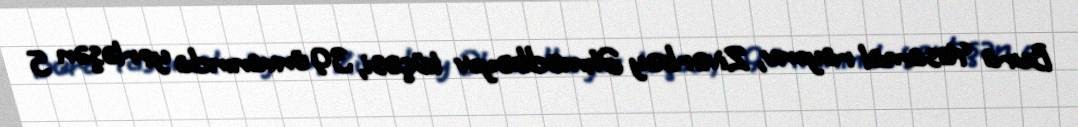
Bura Yasamal rayonu, Zivərbəy Əhmədbəyov küçəsi, 39 ünvanında yerləşən 5